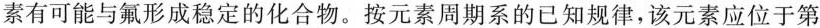
素有可能与氟形成稳定的化合物。按元素周期系的已知规律，该元素应位于第